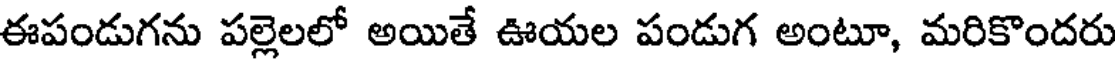
ఈపండుగను పల్లెలలో అయితే ఊయల పండుగ అంటూ, మరికొందరు